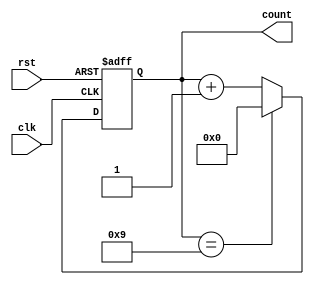
module decade_counter (
    input wire clk,
    input wire rst,
    output reg [3:0] count
);

// Internal signals
reg [3:0] next_count;

// Sequential logic for counting
always @(posedge clk or posedge rst) begin
    if (rst) begin
        next_count <= 4'b0000; // Reset to 0
    end else begin
        if (count == 4'b1001) begin
            next_count <= 4'b0000; // Reset to 0 after reaching 9
        end else begin
            next_count <= count + 1; // Increment count
        end
    end
end

// Assign the next count value
always @* begin
    count = next_count;
end

endmodule